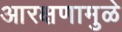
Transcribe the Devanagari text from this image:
आरक्षणामुळे